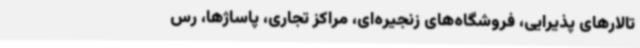
تالارهای پذیرایی، فروشگاه‌های زنجیره‌ای، مراکز تجاری، پاساژها، رس